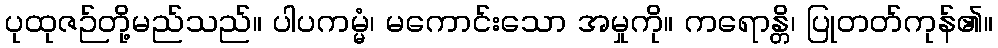
ပုထုဇဉ်တို့မည်သည်။ ပါပကမ္မံ၊ မကောင်းသော အမှုကို။ ကရောန္တိ၊ ပြုတတ်ကုန်၏။